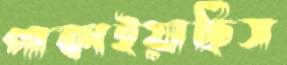
পাকাইয়াছিস